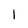
Character: 1